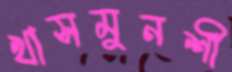
খাসমুনশী